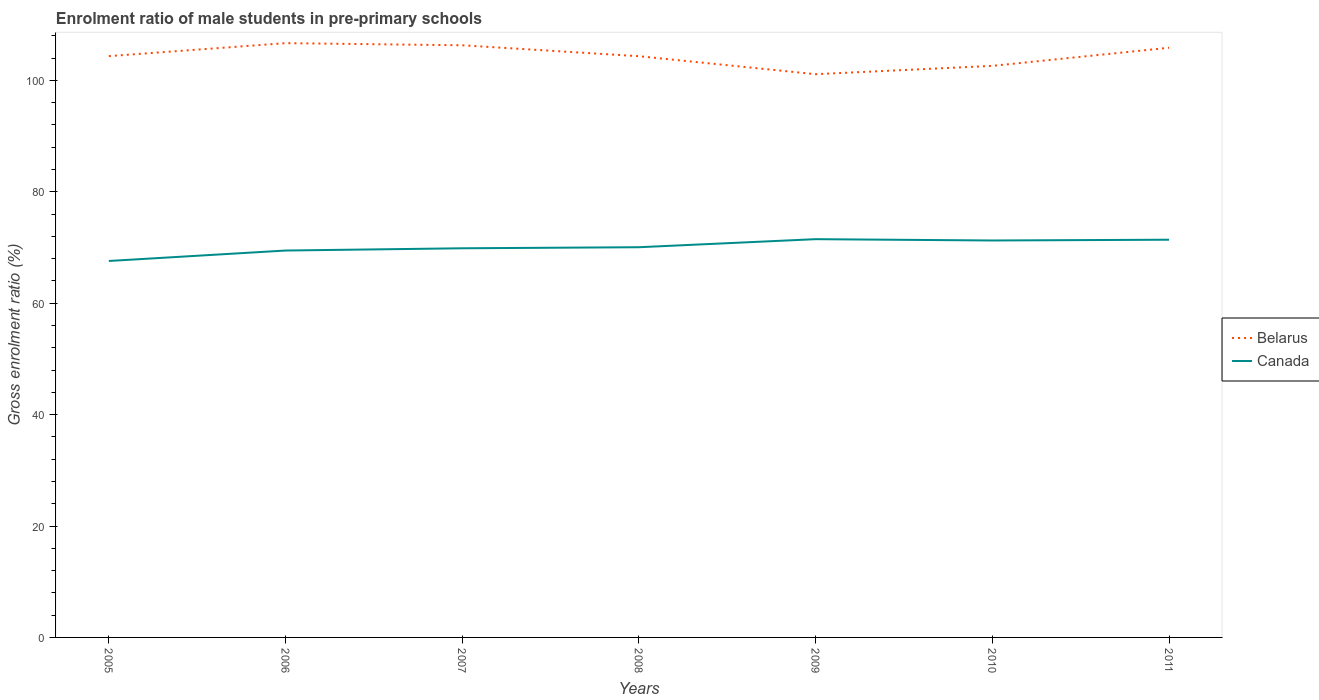
| Years | Belarus | Canada |
 | --- | --- | --- |
 | 2005 | 104 | 67.6 |
 | 2006 | 107 | 69.4 |
 | 2007 | 106 | 69.8 |
 | 2008 | 104 | 70 |
 | 2009 | 101 | 71.5 |
 | 2010 | 103 | 71.2 |
 | 2011 | 106 | 71.4 |